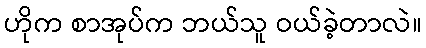
ဟိုက စာအုပ်က ဘယ်သူ ဝယ်ခဲ့တာလဲ။